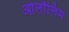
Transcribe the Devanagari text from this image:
ओलौलिम